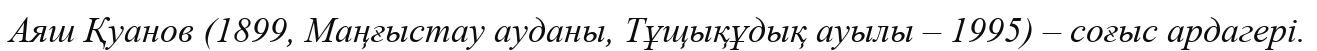
Аяш Қуанов (1899, Маңғыстау ауданы, Тұщықұдық ауылы – 1995) – соғыс ардагері.